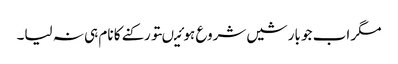
مگر اب جو بارشیں شروع ہوئیںتو رکنے کا نام ہی نہ لیا۔